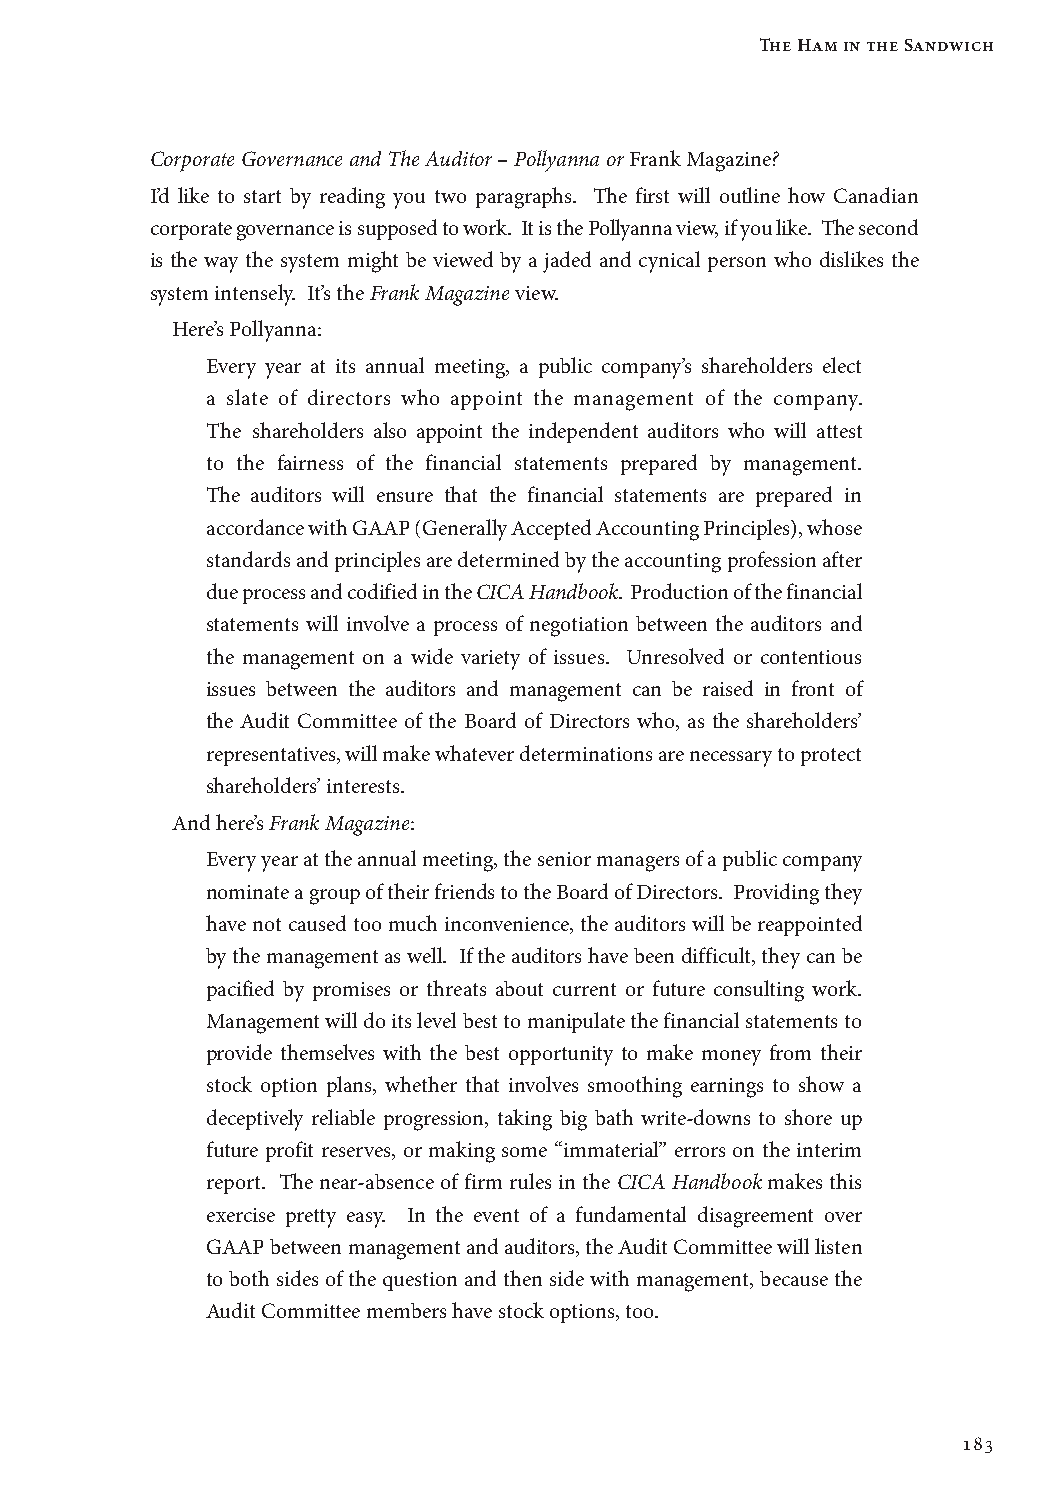
The Ham in the Sandwich
 Corporate Governance and The Auditor – Pollyanna or Frank Magazine?
 I’d like to start by reading you two paragraphs. The first will outline how Canadian
 corporate governance is supposed to work. It is the Pollyanna view, if you like. The second
 is the way the system might be viewed by a jaded and cynical person who dislikes the
 system intensely. It’s the Frank Magazine view.
 Here’s Pollyanna:
 Every year at its annual meeting, a public company’s shareholders elect
 a slate of directors who appoint the management of the company.
 The shareholders also appoint the independent auditors who will attest
 to the fairness of the financial statements prepared by management.
 The auditors will ensure that the financial statements are prepared in
 accordance with GAAP (Generally Accepted Accounting Principles), whose
 standards and principles are determined by the accounting profession after
 due process and codified in the CICA Handbook. Production of the financial
 statements will involve a process of negotiation between the auditors and
 the management on a wide variety of issues. Unresolved or contentious
 issues between the auditors and management can be raised in front of
 the Audit Committee of the Board of Directors who, as the shareholders’
 representatives, will make whatever determinations are necessary to protect
 shareholders’ interests.
 And here’s Frank Magazine:
 Every year at the annual meeting, the senior managers of a public company
 nominate a group of their friends to the Board of Directors. Providing they
 have not caused too much inconvenience, the auditors will be reappointed
 by the management as well. If the auditors have been difficult, they can be
 pacified by promises or threats about current or future consulting work.
 Management will do its level best to manipulate the financial statements to
 provide themselves with the best opportunity to make money from their
 stock option plans, whether that involves smoothing earnings to show a
 deceptively reliable progression, taking big bath write-downs to shore up
 future profit reserves, or making some “immaterial” errors on the interim
 report. The near-absence of firm rules in the CICA Handbook makes this
 exercise pretty easy. In the event of a fundamental disagreement over
 GAAP between management and auditors, the Audit Committee will listen
 to both sides of the question and then side with management, because the
 Audit Committee members have stock options, too.
 183